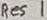
Text: Res 1